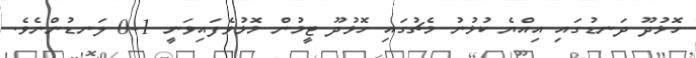
ހޮޅުދޫ ދަނޑުގައި އިއްޔެ ކުޅުނު މެޗުގައި ހޮޅުދޫ ޓީމުން މޮޅުވެފައިވަނީ 1-0 ލަނޑުންނެވެ.